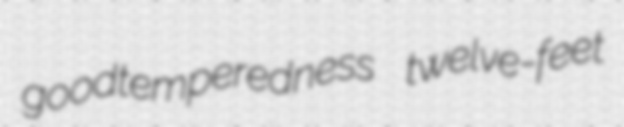
goodtemperedness twelve-feet